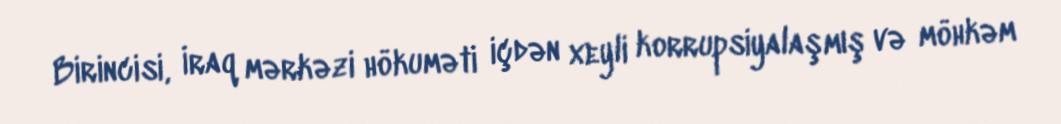
Birincisi, İraq mərkəzi hökuməti içdən xeyli korrupsiyalaşmış və möhkəm